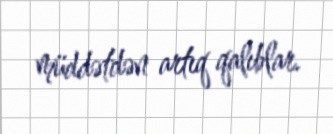
müddətdən artıq qalıblar.